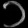
Digit: ၁